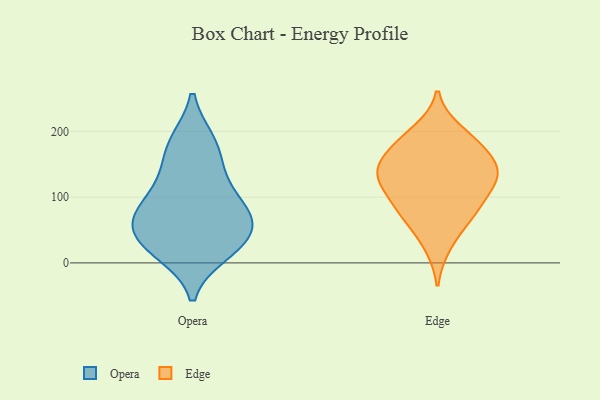
{"axis": {"x": "Tickets Resolved", "y": "Value"}, "legend": ["Edge", "Opera"], "data": [{"x": "", "y": 151, "type": "Opera"}, {"x": "", "y": 128, "type": "Opera"}, {"x": "", "y": 24, "type": "Opera"}, {"x": "", "y": 77, "type": "Opera"}, {"x": "", "y": 59, "type": "Opera"}, {"x": "", "y": 38, "type": "Opera"}, {"x": "", "y": 105, "type": "Opera"}, {"x": "", "y": 61, "type": "Opera"}, {"x": "", "y": 185, "type": "Opera"}, {"x": "", "y": 83, "type": "Opera"}, {"x": "", "y": 21, "type": "Opera"}, {"x": "", "y": 66, "type": "Opera"}, {"x": "", "y": 185, "type": "Opera"}, {"x": "", "y": 15, "type": "Opera"}, {"x": "", "y": 67, "type": "Edge"}, {"x": "", "y": 127, "type": "Edge"}, {"x": "", "y": 89, "type": "Edge"}, {"x": "", "y": 186, "type": "Edge"}, {"x": "", "y": 138, "type": "Edge"}, {"x": "", "y": 133, "type": "Edge"}, {"x": "", "y": 182, "type": "Edge"}, {"x": "", "y": 91, "type": "Edge"}, {"x": "", "y": 70, "type": "Edge"}, {"x": "", "y": 122, "type": "Edge"}, {"x": "", "y": 200, "type": "Edge"}, {"x": "", "y": 133, "type": "Edge"}, {"x": "", "y": 158, "type": "Edge"}, {"x": "", "y": 159, "type": "Edge"}, {"x": "", "y": 26, "type": "Edge"}]}